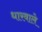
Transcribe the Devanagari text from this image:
धारवाले